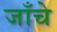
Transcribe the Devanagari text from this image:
जाँचे